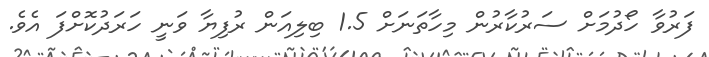
ފަރުވާ ހޯދުމަށް ސަރުކާރުން މިހާތަނަށް 1.5 ބިލިއަން ރުފިޔާ ވަނީ ހަރަދުކޮށްފަ އެވެ.